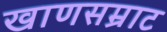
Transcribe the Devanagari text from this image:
खाणसम्राट